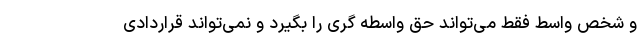
و شخص واسط فقط می‌تواند حق واسطه گری را بگیرد و نمی‌تواند قراردادی